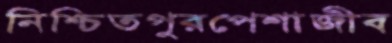
নিশ্চিতপুরপেশাজীব